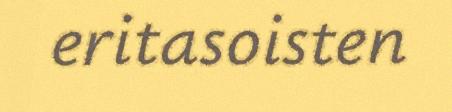
eritasoisten